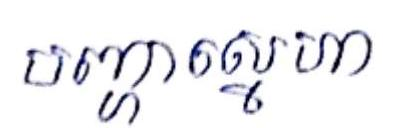
បញ្ហាស្នេហា